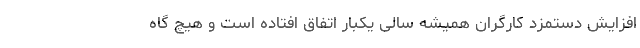
افزایش دستمزد کارگران همیشه سالی یکبار اتفاق افتاده است و هیچ گاه